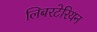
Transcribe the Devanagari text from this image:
लिबरटेरियन